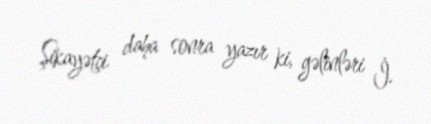
Şikayətçi daha sonra yazır ki, gəlinləri İ.